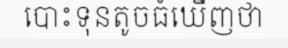
បោះទុនតូចធំឃើញថា